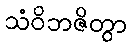
သံဝိဘဇိတွာ